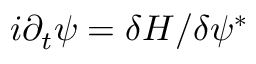
i \partial _ { t } \psi = \delta H / \delta \psi ^ { * }